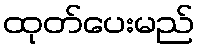
ထုတ်ပေးမည်